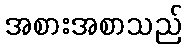
အစားအစာသည်